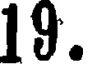
19.